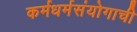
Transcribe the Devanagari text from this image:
कर्मधर्मसंयोगाची